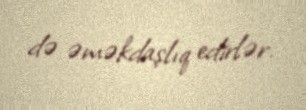
də əməkdaşlıq edirlər.